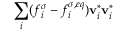
\sum _ { i } ( f _ { i } ^ { \sigma } - f _ { i } ^ { \sigma , e q } ) \mathbf { v } _ { i } ^ { * } \mathbf { v } _ { i } ^ { * }